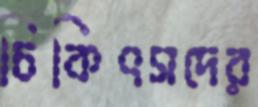
চিকিৎসদের